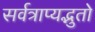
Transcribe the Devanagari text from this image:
सर्वत्राप्यद्भुतो